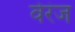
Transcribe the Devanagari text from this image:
वेरंज